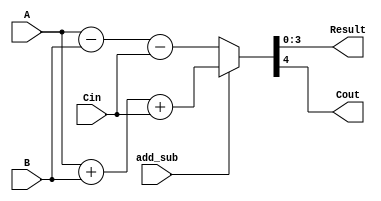
module task1(A,B,Cin,Result,Cout,add_sub);
	output [3:0] Result;
	output Cout;
	
	reg [3:0] Result;
	reg Cout;
	reg [4:0] temp;
	
	input add_sub, Cin;
	input [3:0] A, B;
	
	wire add_sub;
	
	always@(add_sub or A or B or Cin)
	begin
	if (add_sub == 1)
	temp = A + B + Cin;
	Result = temp [3:0];
	Cout = temp[4];
	if (add_sub == 0)
	temp = A - B - Cin;
	Result = temp [3:0];
	Cout = temp[4];
	end
endmodule